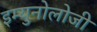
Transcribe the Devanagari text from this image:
इम्युनोलोजी